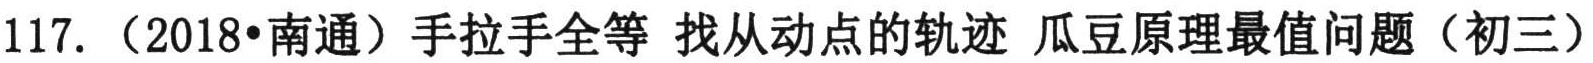
117. （2018•南通）手拉手全等 找从动点的轨迹 瓜豆原理最值问题（初三）